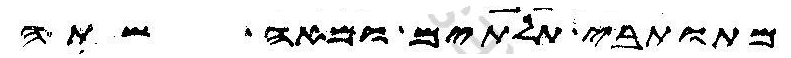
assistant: מתותבי תלתים ומאה שתה